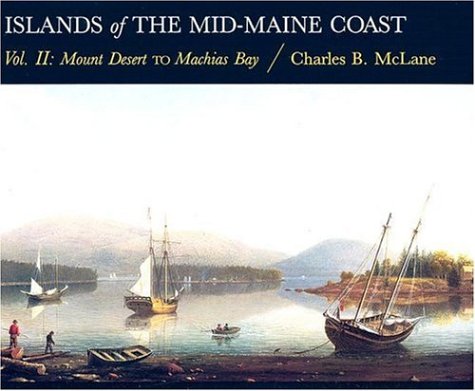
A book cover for Islands of the Mid-Maine Coast, Vol. 2: Mount Desert to Machias Bay; Charles B. McLane; Travel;